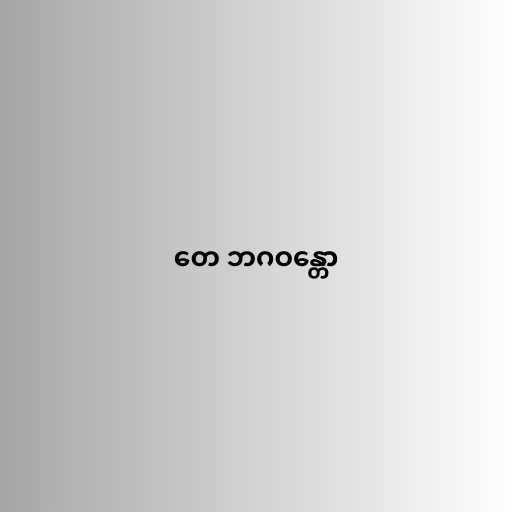
တေ ဘဂဝန္တော